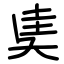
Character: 奊